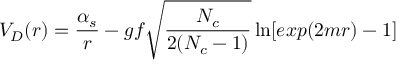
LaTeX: V _ { D } ( r ) = { \frac { \alpha _ { s } } { r } } - g f \sqrt { \frac { N _ { c } } { 2 ( N _ { c } - 1 ) } } \ln [ e x p ( 2 m r ) - 1 ] \qquad